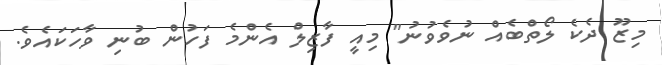
މިޒޫ ދެކެ ލޯތްބެއް ނުވެވުނު" މިއީ ފާޒިލް އެންމެ ފަހުން ބުނި ވާހަކައެވެ.